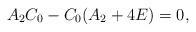
LaTeX: \begin{align*}A_{2}C_{0}-C_{0}(A_{2}+4E)=0,\end{align*}